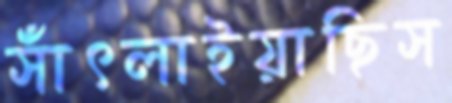
সাঁৎলাইয়াছিস